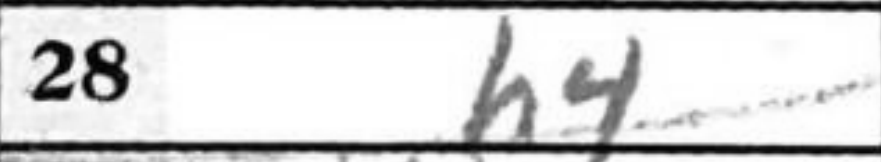
Transcription: h4